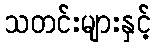
သတင်းများနှင့်